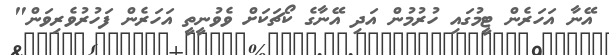
އޭނާ އަހަރެން ޓީމުގައި ހުރުމުން އަދި އޭނާގެ ކޯޗަކަށް ވެވުނީތީ އަހަރެން ފަހުރުވެރިވަން"